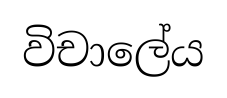
විචාලේය